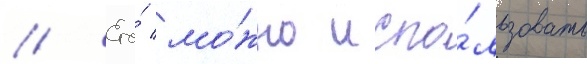
// Его́ мо́жно испо́льзовать